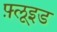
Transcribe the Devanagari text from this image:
फ़्लूइड